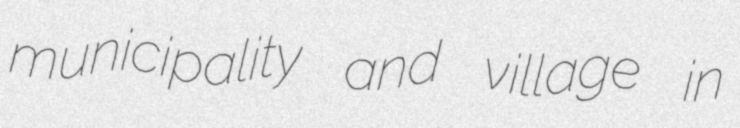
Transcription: municipality and village in